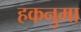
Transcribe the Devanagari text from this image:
हकनुमा